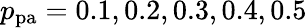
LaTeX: p_{\mathrm{pa}}=0.1,0.2,0.3,0.4,0.5